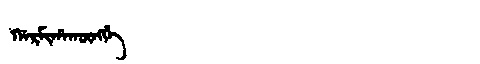
Manchu: ᡤᠠᡵᠮᡳᡥᠠᡴᡡᠩᡤᡝ
Romanization: GARMIHAKŪNGGE